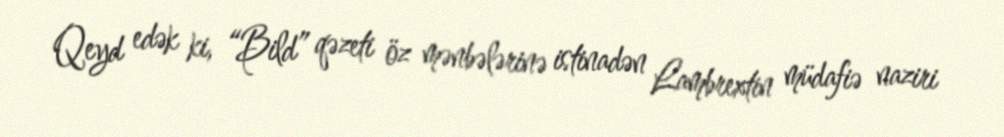
Qeyd edək ki, “Bild” qəzeti öz mənbələrinə istinadən Lambrextin müdafiə naziri